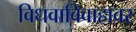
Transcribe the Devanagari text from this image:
विधवाविवाहावर